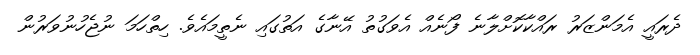
ދެރައީ އެމަންޒަރު ރައްކާކޮށްލާނެ ފޯނެއް އެވަގުތު އޭނާގެ އަތުގައި ނެތީމައެވެ. ހިތްހަމަ ނުޖެހުނުވަރުން